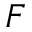
F